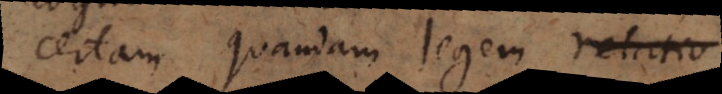
certam quandam legem relatio.